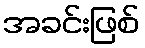
အခင်းဖြစ်